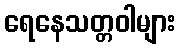
ရေနေသတ္တဝါများ